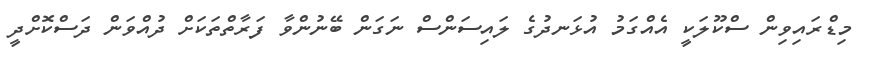
މިޑްރައިވިން ސްކޫލަކީ އެއްގަމު އުޅަނދުގެ ލައިސަންސް ނަގަން ބޭނުންވާ ފަރާތްތަކަށް ދުއްވަން ދަސްކޮށްދީ